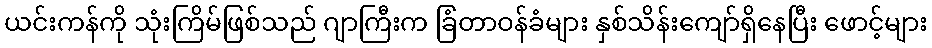
ယင်းကန်ကို သုံးကြိမ်ဖြစ်သည် ဂျာကြီးက ခြံတာဝန်ခံများ နှစ်သိန်းကျော်ရှိနေပြီး ဖောင့်များ